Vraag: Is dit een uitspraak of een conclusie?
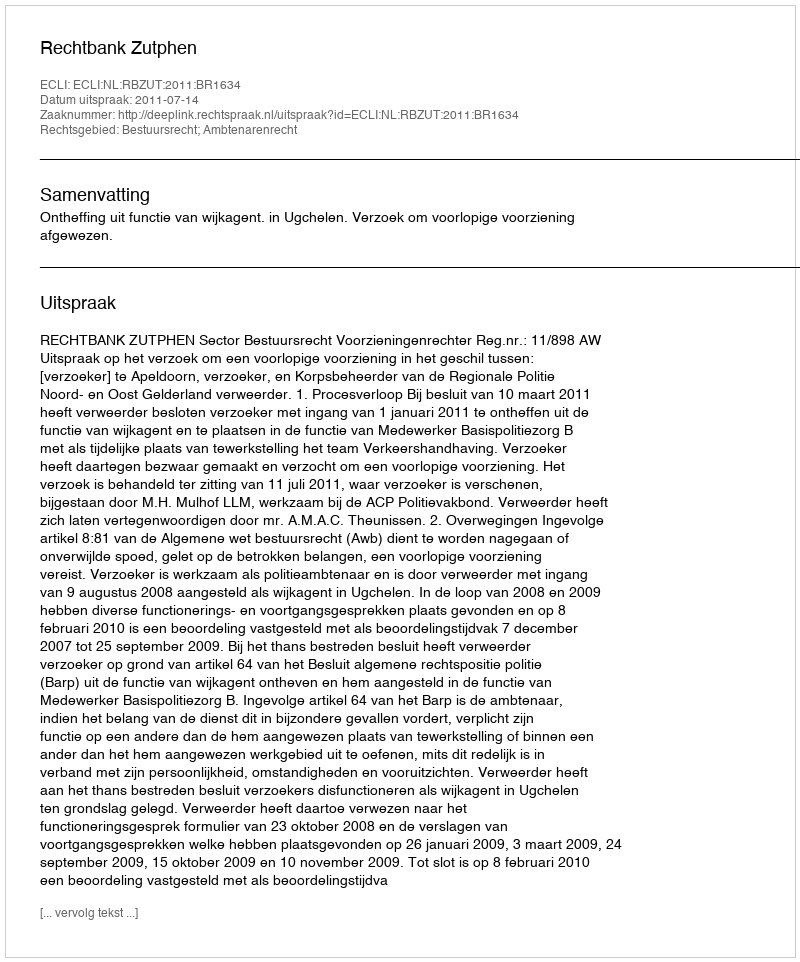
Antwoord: Uitspraak